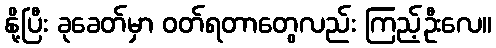
နို့ပြီး ခုခေတ်မှာ ဝတ်ရတာတွေလည်း ကြည့်ဦးလေ။